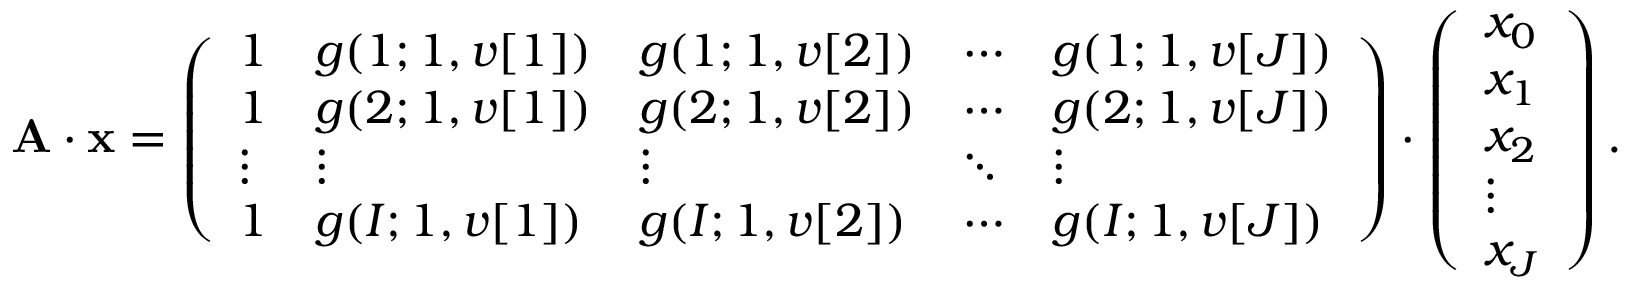
\mathbf { A \cdot x } = \left( \begin{array} { l l l l l } { 1 } & { g ( 1 ; 1 , v [ 1 ] ) } & { g ( 1 ; 1 , v [ 2 ] ) } & { \cdots } & { g ( 1 ; 1 , v [ J ] ) } \\ { 1 } & { g ( 2 ; 1 , v [ 1 ] ) } & { g ( 2 ; 1 , v [ 2 ] ) } & { \cdots } & { g ( 2 ; 1 , v [ J ] ) } \\ { \vdots } & { \vdots } & { \vdots } & { \ddots } & { \vdots } \\ { 1 } & { g ( I ; 1 , v [ 1 ] ) } & { g ( I ; 1 , v [ 2 ] ) } & { \cdots } & { g ( I ; 1 , v [ J ] ) } \end{array} \right) \cdot \left( \begin{array} { l } { x _ { 0 } } \\ { x _ { 1 } } \\ { x _ { 2 } } \\ { \vdots } \\ { x _ { J } } \end{array} \right) .